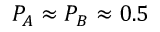
P _ { A } \approx P _ { B } \approx 0 . 5